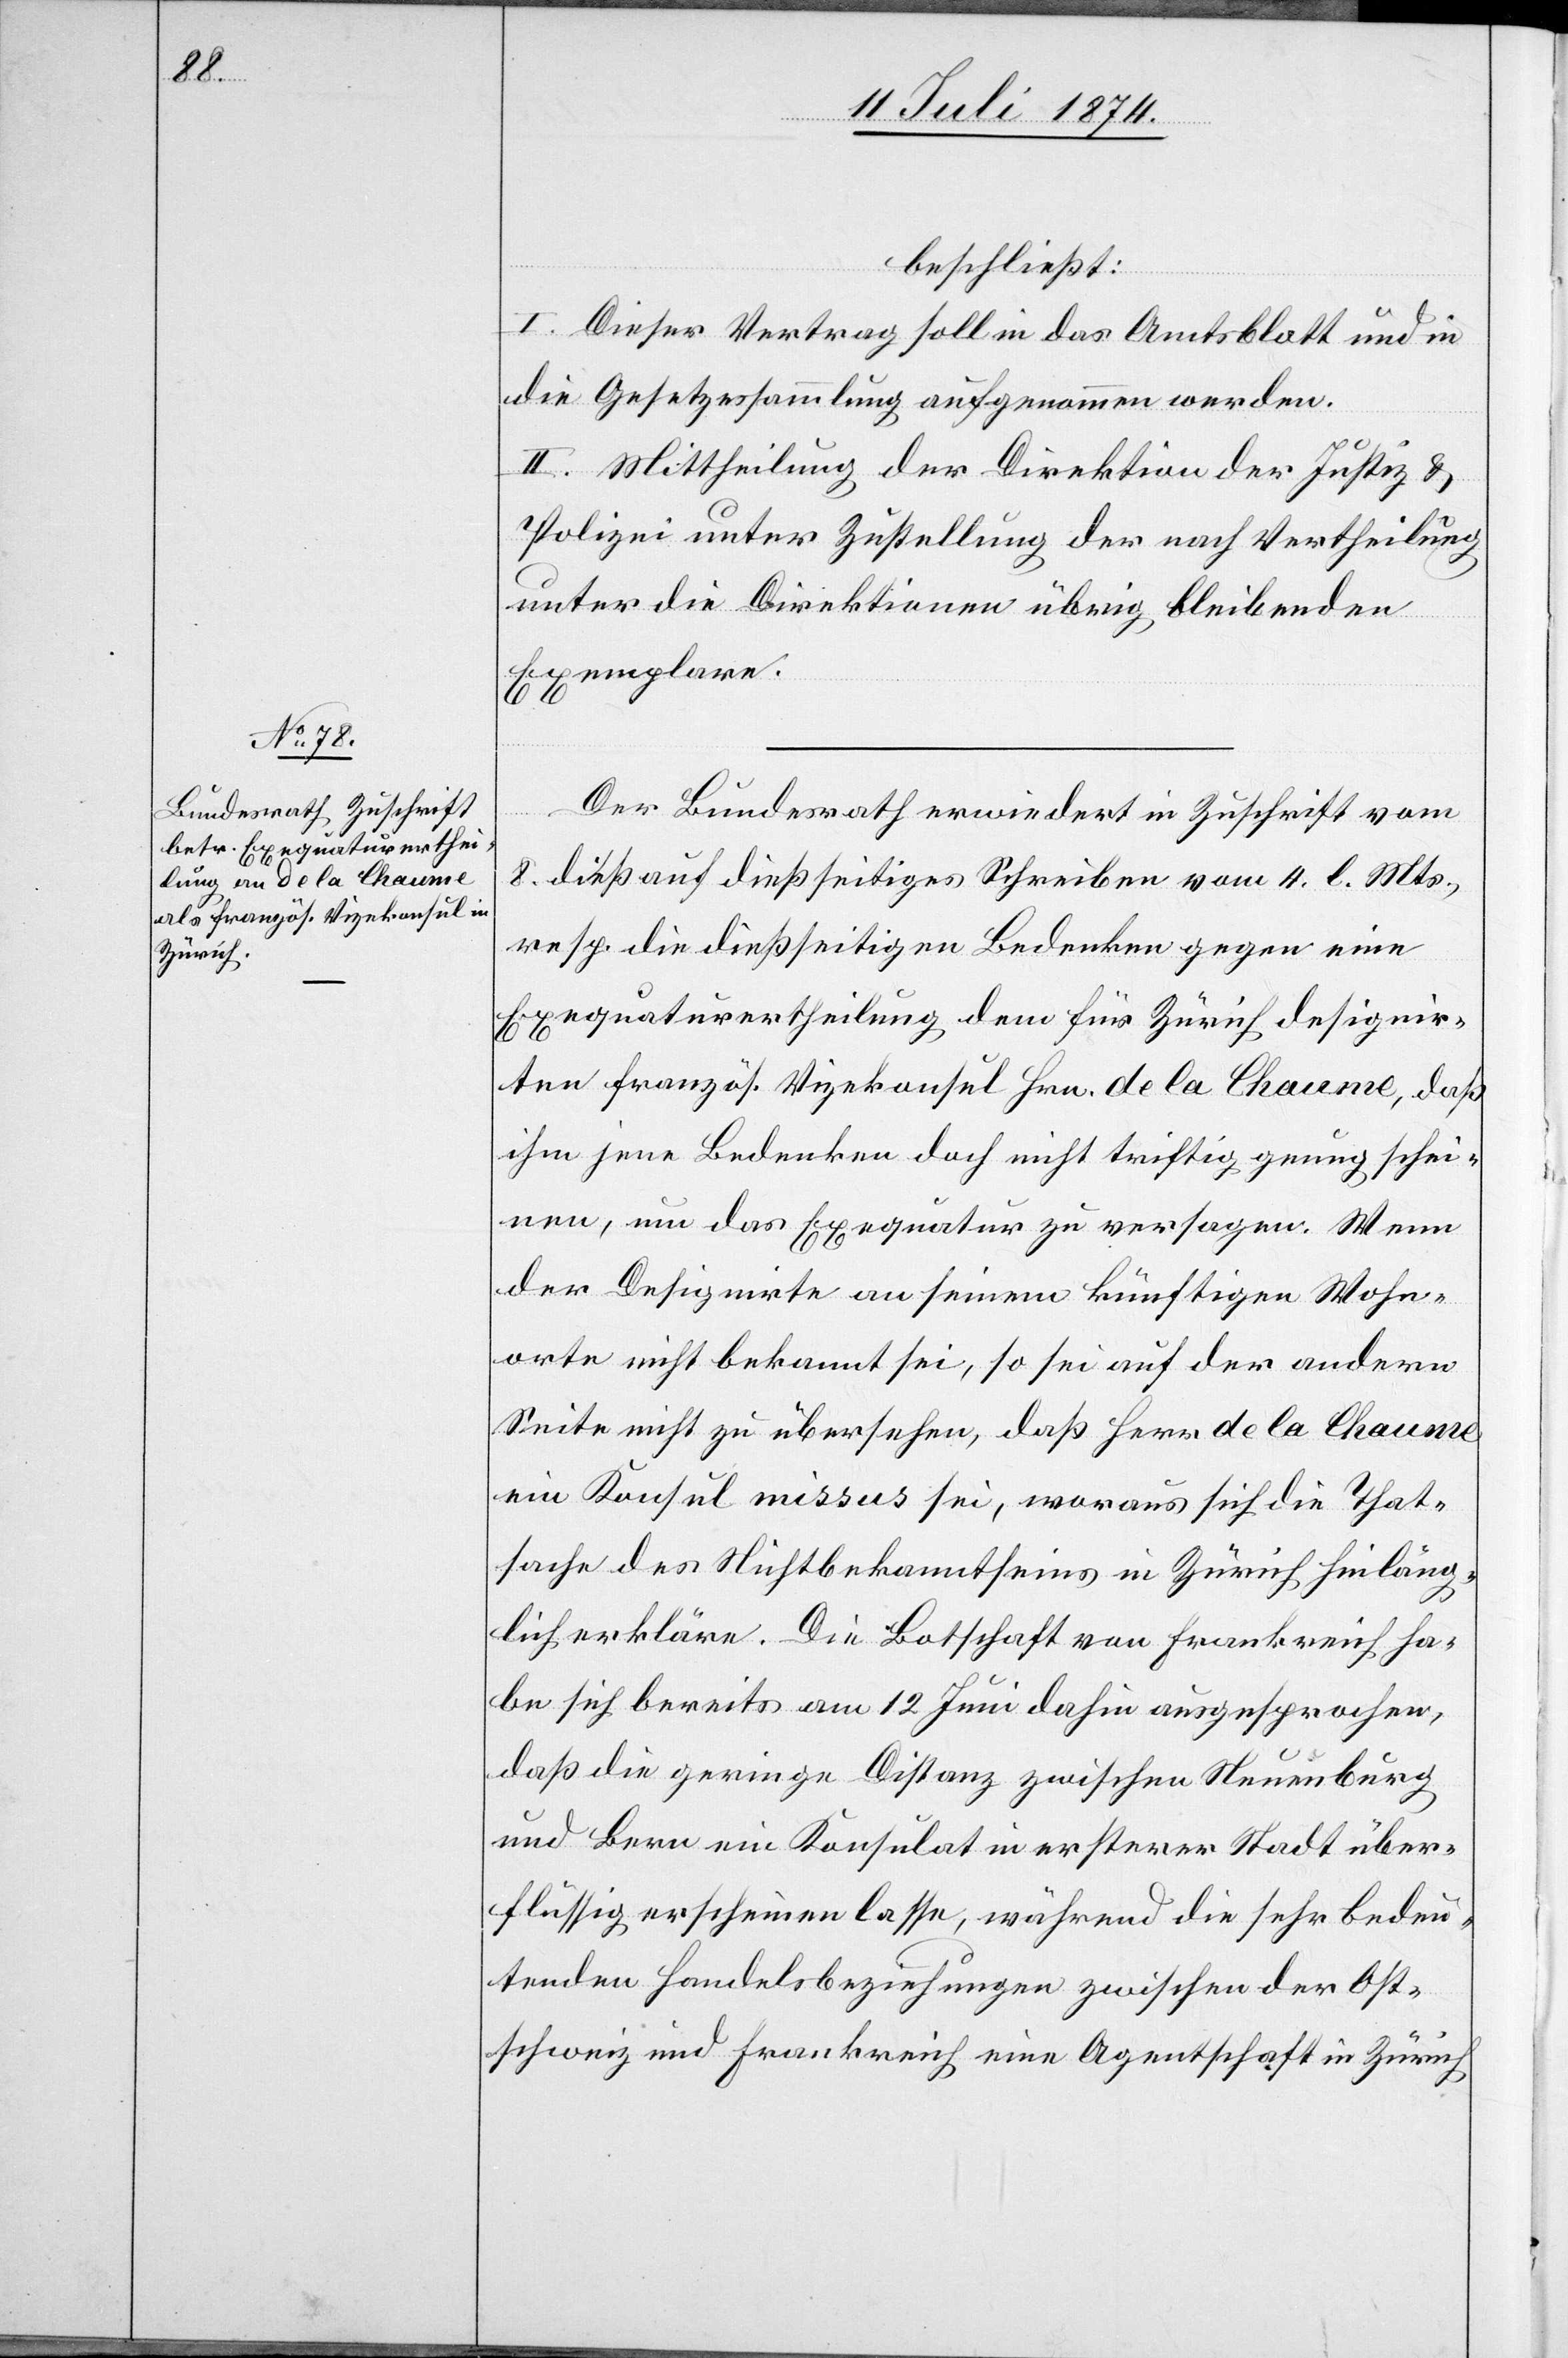
beschließt:
I. Dieser Vertrag soll in das Amtsblatt und in
die Gesetzessammlung aufgenommen werden.
II. Mittheilung der Direktion der Justiz u.
Polizei unter Zustellung der nach Vertheilung
unter die Direktionen übrig bleibenden
Exemplare.
Der Bundesrath erwiedert in Zuschrift vom
8. dieß auf dießseitiges Schreiben vom 4. l. Mts.,
resp. die dießseitigen Bedenken gegen eine
Exequaturertheilung dem für Zürich designir¬
ten französ. Vizekonsul Hrn. de la Chaume, daß
ihm jene Bedenken doch nicht triftig genug schei¬
nen, um das Exequatur zu versagen. Wenn
der Designirte an seinem künftigen Wohn¬
orte nicht bekannt sei, so sei auf der andern
Seite nicht zu übersehen, daß Herr de la Chaume
ein Konsul missus sei, woraus sich die That¬
sache des Nichtbekanntseins in Zürich hinläng¬
lich erkläre. Die Botschaft von Frankreich ha¬
be sich bereits am 12. Juni dahin ausgesprochen,
daß die geringe Distanz zwischen Neuenburg
und Bern ein Konsulat in ersterer Stadt über¬
flüssig erscheinen lasse, während die sehr bedeu¬
tenden Handelsbeziehungen zwischen der Ost¬
schweiz und Frankreich eine Agentschaft in Zürich